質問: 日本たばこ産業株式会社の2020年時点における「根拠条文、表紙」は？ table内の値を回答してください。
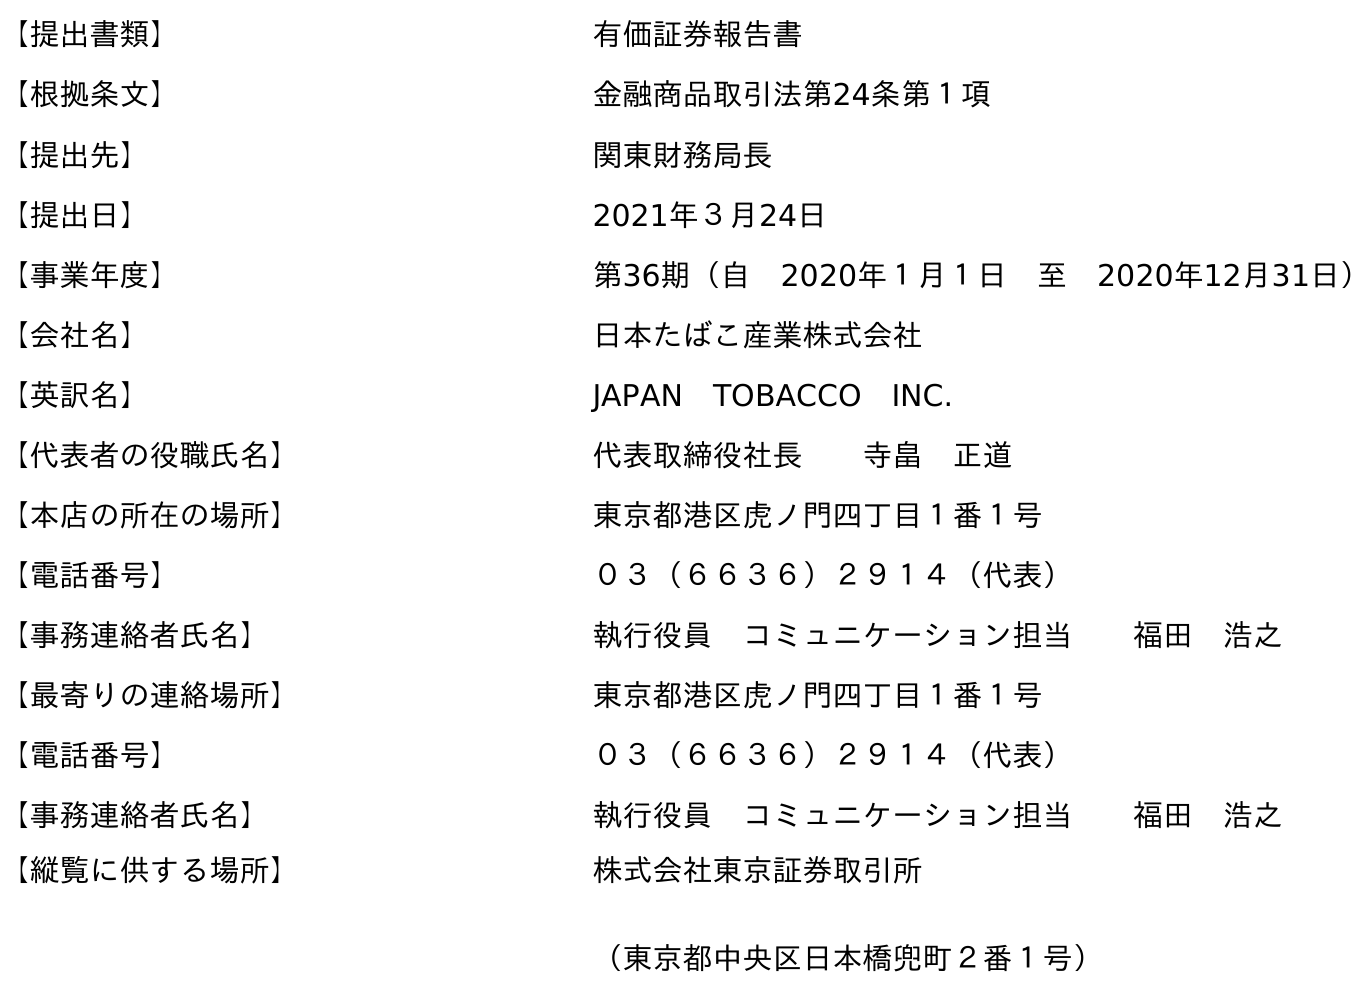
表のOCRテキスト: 【提出書類】 有価証券報告書 【根拠条文】 金融商品取引法第24条第１項 【提出先】 関東財務局長 【提出日】 2021年３月24日 【事業年度】 第36期（自 2020年１月１日 至 2020年12月31日） 【会社名】 日本たばこ産業株式会社 【英訳名】 JAPAN TOBACCO INC. 【代表者の役職氏名】 代表取締役社長  寺畠 正道 【本店の所在の場所】 東京都港区虎ノ門四丁目１番１号 【電話番号】 ０３（６６３６）２９１４（代表） 【事務連絡者氏名】 執行役員 コミュニケーション担当  福田 浩之 【最寄りの連絡場所】 東京都港区虎ノ門四丁目１番１号 【電話番号】 ０３（６６３６）２９１４（代表） 【事務連絡者氏名】 執行役員 コミュニケーション担当  福田 浩之 【縦覧に供する場所】 株式会社東京証券取引所 （東京都中央区日本橋兜町２番１号）
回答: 金融商品取引法第24条第１項